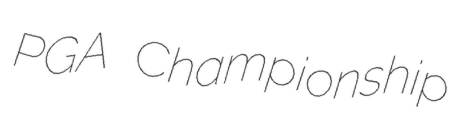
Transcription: PGA Championship